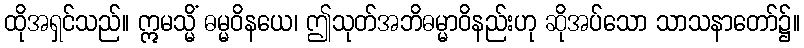
ထိုအရှင်သည်။ ဣမသ္မိံ ဓမ္မဝိနယေ၊ ဤသုတ်အဘိဓမ္မာဝိနည်းဟု ဆိုအပ်သော သာသနာတော်၌။